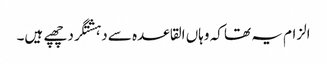
الزام یہ تھا کہ وہاں القاعدہ سے دہشتگرد چھپے ہیں۔